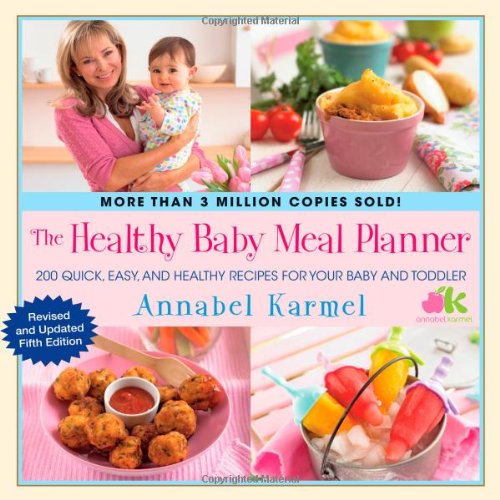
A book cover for The Healthy Baby Meal Planner: 200 Quick, Easy, and Healthy Recipes for Your Baby and Toddler; Annabel Karmel; Cookbooks, Food & Wine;